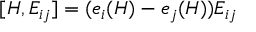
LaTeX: [ H , E _ { i j } ] = ( e _ { i } ( H ) - e _ { j } ( H ) ) E _ { i j }